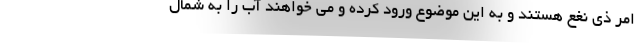
امر ذی نغع هستند و به این موضوع ورود کرده و می خواهند آب را به شمال